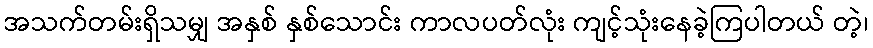
အသက်တမ်းရှိသမျှ အနှစ် နှစ်သောင်း ကာလပတ်လုံး ကျင့်သုံးနေခဲ့ကြပါတယ် တဲ့၊